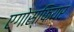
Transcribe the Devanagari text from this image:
एगोस्फियर